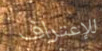
للإعتراف